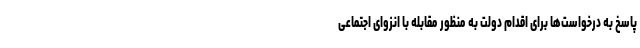
پاسخ به درخواست‌ها برای اقدام دولت به منظور مقابله با انزوای اجتماعی